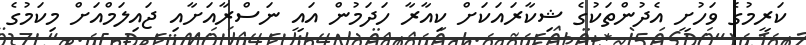
ކަރީމުގެ ވަހުށީ އެދުންތަކުގެ ޝިކާރައަކަށް ކިއާރާ ހަދަމުން އައީ ނަސްރާއަށާއި ޖައިލަމްއަށް މިކަމުގެ